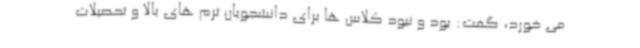
می خورد، گفت: بود و نبود کلاس ها برای دانشجویان ترم های بالا و تحصیلات